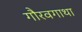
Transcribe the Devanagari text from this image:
गौरवगाथा